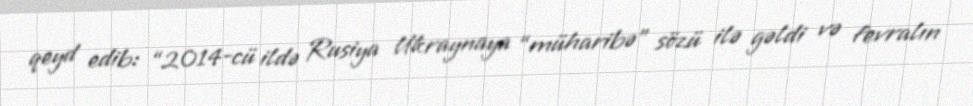
qeyd edib: “2014-cü ildə Rusiya Ukraynaya “müharibə” sözü ilə gəldi və fevralın